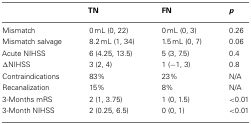
<table><thead><tr><td></td><td><b>TN</b></td><td><b>FN</b></td><td><b><i>p</i></b></td></tr></thead><tbody><tr><td>Mismatch</td><td>0 mL (0, 22)</td><td>0 mL (0, 3)</td><td>0.26</td></tr><tr><td>Mismatch salvage</td><td>8.2 mL (1, 34)</td><td>1.5 mL (0, 7)</td><td>0.06</td></tr><tr><td>Acute NIHSS</td><td>6 (4.25, 13.5)</td><td>5 (3, 7.5)</td><td>0.4</td></tr><tr><td>ΔNIHSS</td><td>3 (2, 4)</td><td>1 (−1, 3)</td><td>0.8</td></tr><tr><td>Contraindications</td><td>83%</td><td>23%</td><td>N/A</td></tr><tr><td>Recanalization</td><td>15%</td><td>8%</td><td>N/A</td></tr><tr><td>3-Months mRS</td><td>2 (1, 3.75)</td><td>1 (0, 1.5)</td><td>&lt;0.01</td></tr><tr><td>3-Month NIHSS</td><td>2 (0.25, 6.5)</td><td>0 (0, 1)</td><td>&lt;0.01</td></tr></tbody></table>